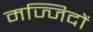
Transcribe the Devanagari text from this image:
मज्जिदों